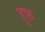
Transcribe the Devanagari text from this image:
हूफ़